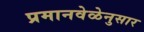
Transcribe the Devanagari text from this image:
प्रमानवेळेनुसार